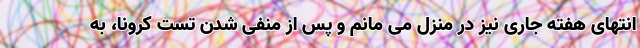
انتهای هفته جاری نیز در منزل می مانم و پس از منفی شدن تست کرونا، به